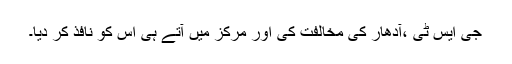
جی ایس ٹی ،آدھار کی مخالفت کی اور مرکز میں آتے ہی اس کو نافذ کر دیا۔